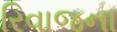
રિવાજના